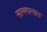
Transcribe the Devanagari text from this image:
सामगानात